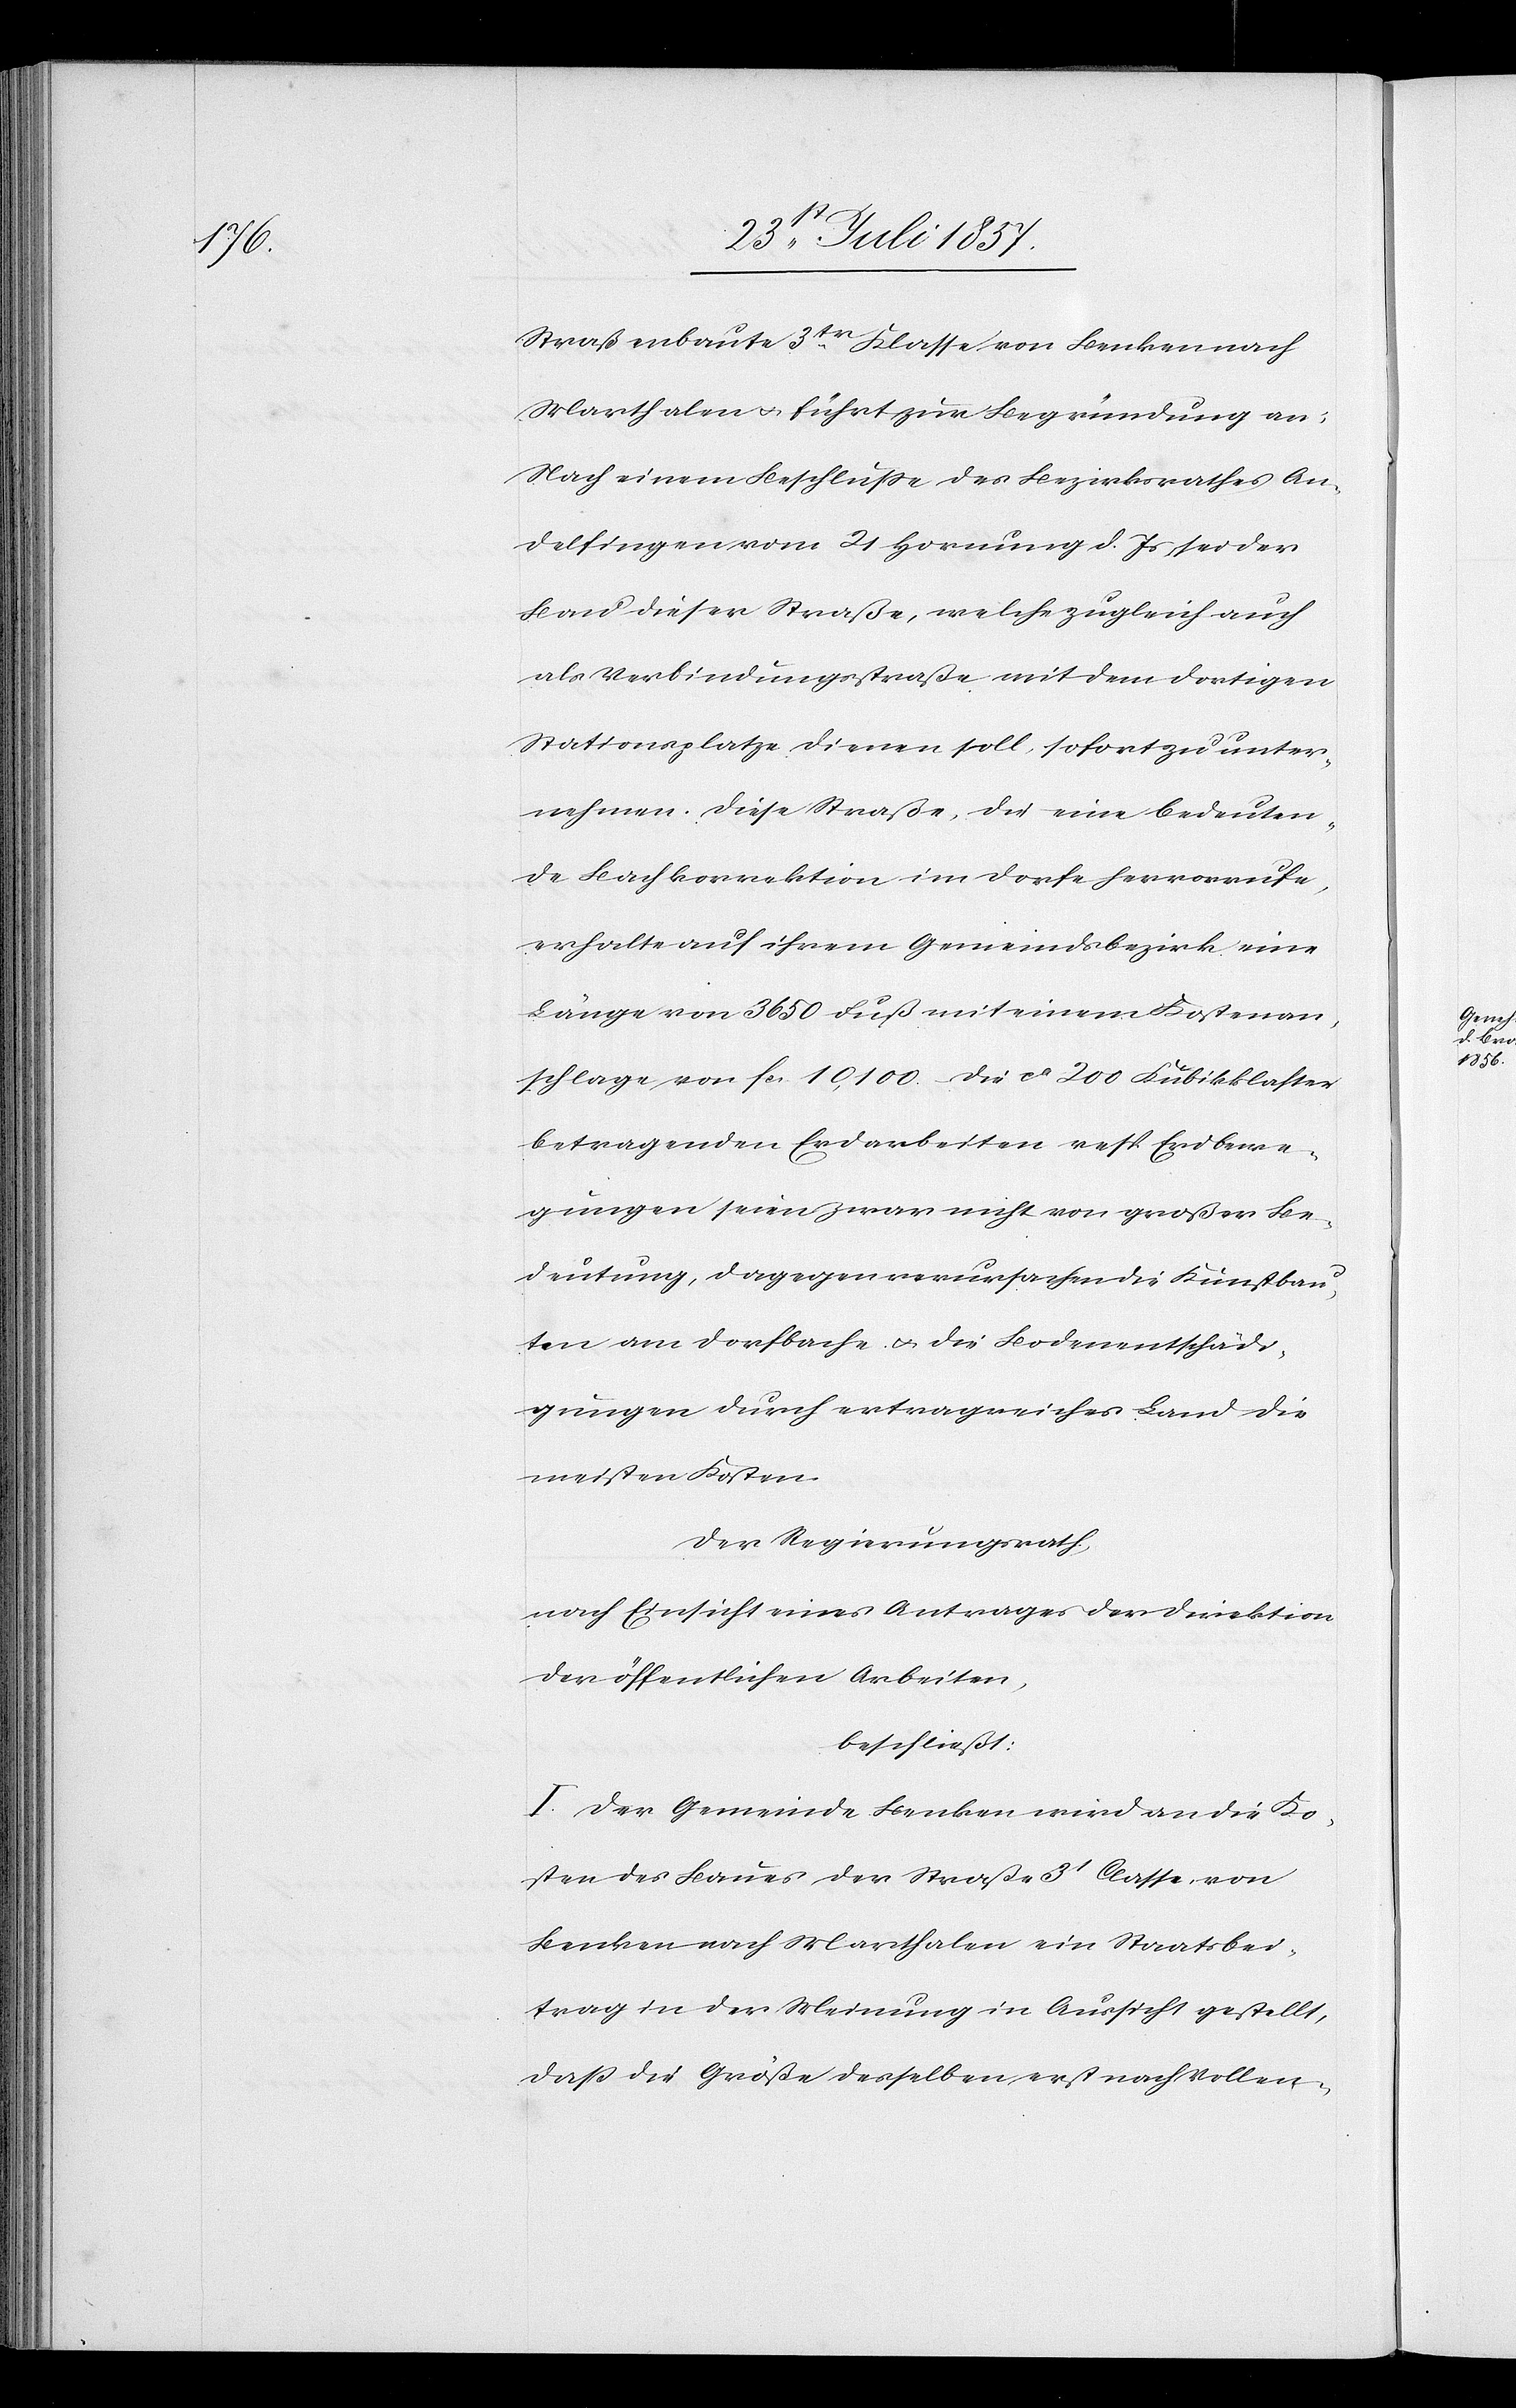
Straßenbaute 3tr Klasse von Benken nach
Marthalen & führt zur Begründung an:
Nach einem Beschlusse des Bezirksrathes An¬
delfingen vom 21 Hornung d. Js. sei der
Bau dieser Straße, welche zugleich auch
als Verbindungsstraße mit dem dortigen
Stationsplatze dienen soll, sofort zu unter¬
nehmen. Diese Straße, die eine bedeuten¬
de Bachkorrektion im Dorfe hervorrufe,
erhalte auf ihrem Gemeindsbezirk eine
Länge von 3 650 Fuß mit einem Kostenan¬
schlage von fcs 10,100. Die ca 200 Kubikklafter
betragenden Erdarbeiten resp. Erdbewe¬
gungen seien zwar nicht von großer Be¬
deutung, dagegen verursachen die Kunstbau¬
ten am Dorfbache & die Bodenentschädi¬
gungen durch ertragreiches Land die
meisten Kosten.
Der Regierungsrath,
nach Einsicht eines Antrages der Direktion
der öffentlichen Arbeiten,
beschließt:
I. Der Gemeinde Benken wird an die Ko¬
sten des Baues der Straße 3t Classe von
Benken nach Marthalen ein Staatsbei¬
trag in der Meinung in Aussicht gestellt,
daß die Größe desselben erst nach Vollen-